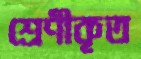
শ্রেণীকৃত